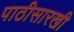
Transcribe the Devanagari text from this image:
पाठीसारखी